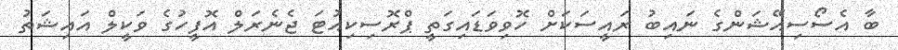
ބާ އެސޯސިއޭޝަންގެ ނައިބު ރައީސަކަށް ހޮވިވަޑައިގަތީ ޕްރޮސިކިއުޓަ ޖެނެރަލް އޮފީހުގެ ވަކީލް އައިޝަތު